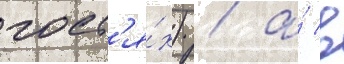
гост'я́х) / а́ в